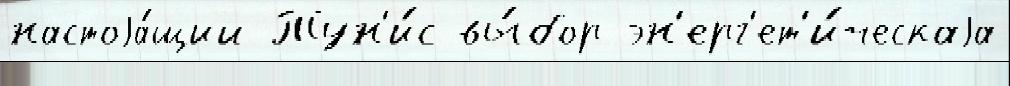
настоjа́щий Тун'и́с вы́бор эн'ерг'ет'и́ческаjа